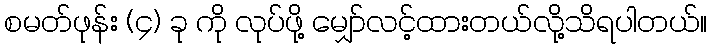
စမတ်ဖုန်း (၄) ခု ကို လုပ်ဖို့ မျှော်လင့်ထားတယ်လို့သိရပါတယ်။